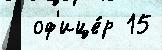
  оф'ице́р 15